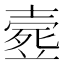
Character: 𣩉